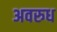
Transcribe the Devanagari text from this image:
अवरुध